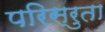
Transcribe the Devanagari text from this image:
परिस्रुता